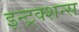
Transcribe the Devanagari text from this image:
इन्ट्रक्शन्स